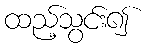
ထည့်သွင်း၍